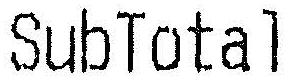
SUBTOTAL